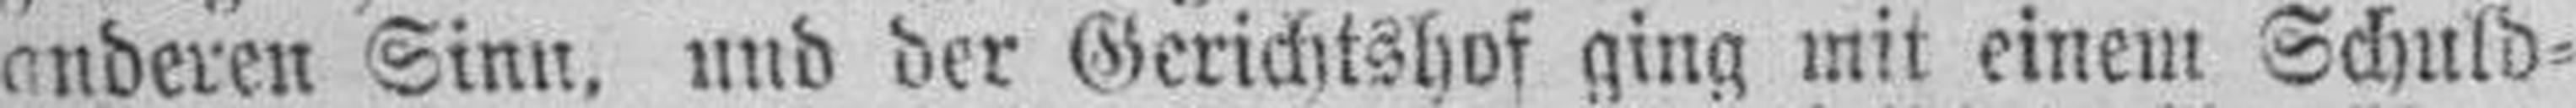
anderen Sinn, und der Gerichtshof ging mit einem Schuld¬